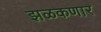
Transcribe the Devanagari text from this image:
झळकणार